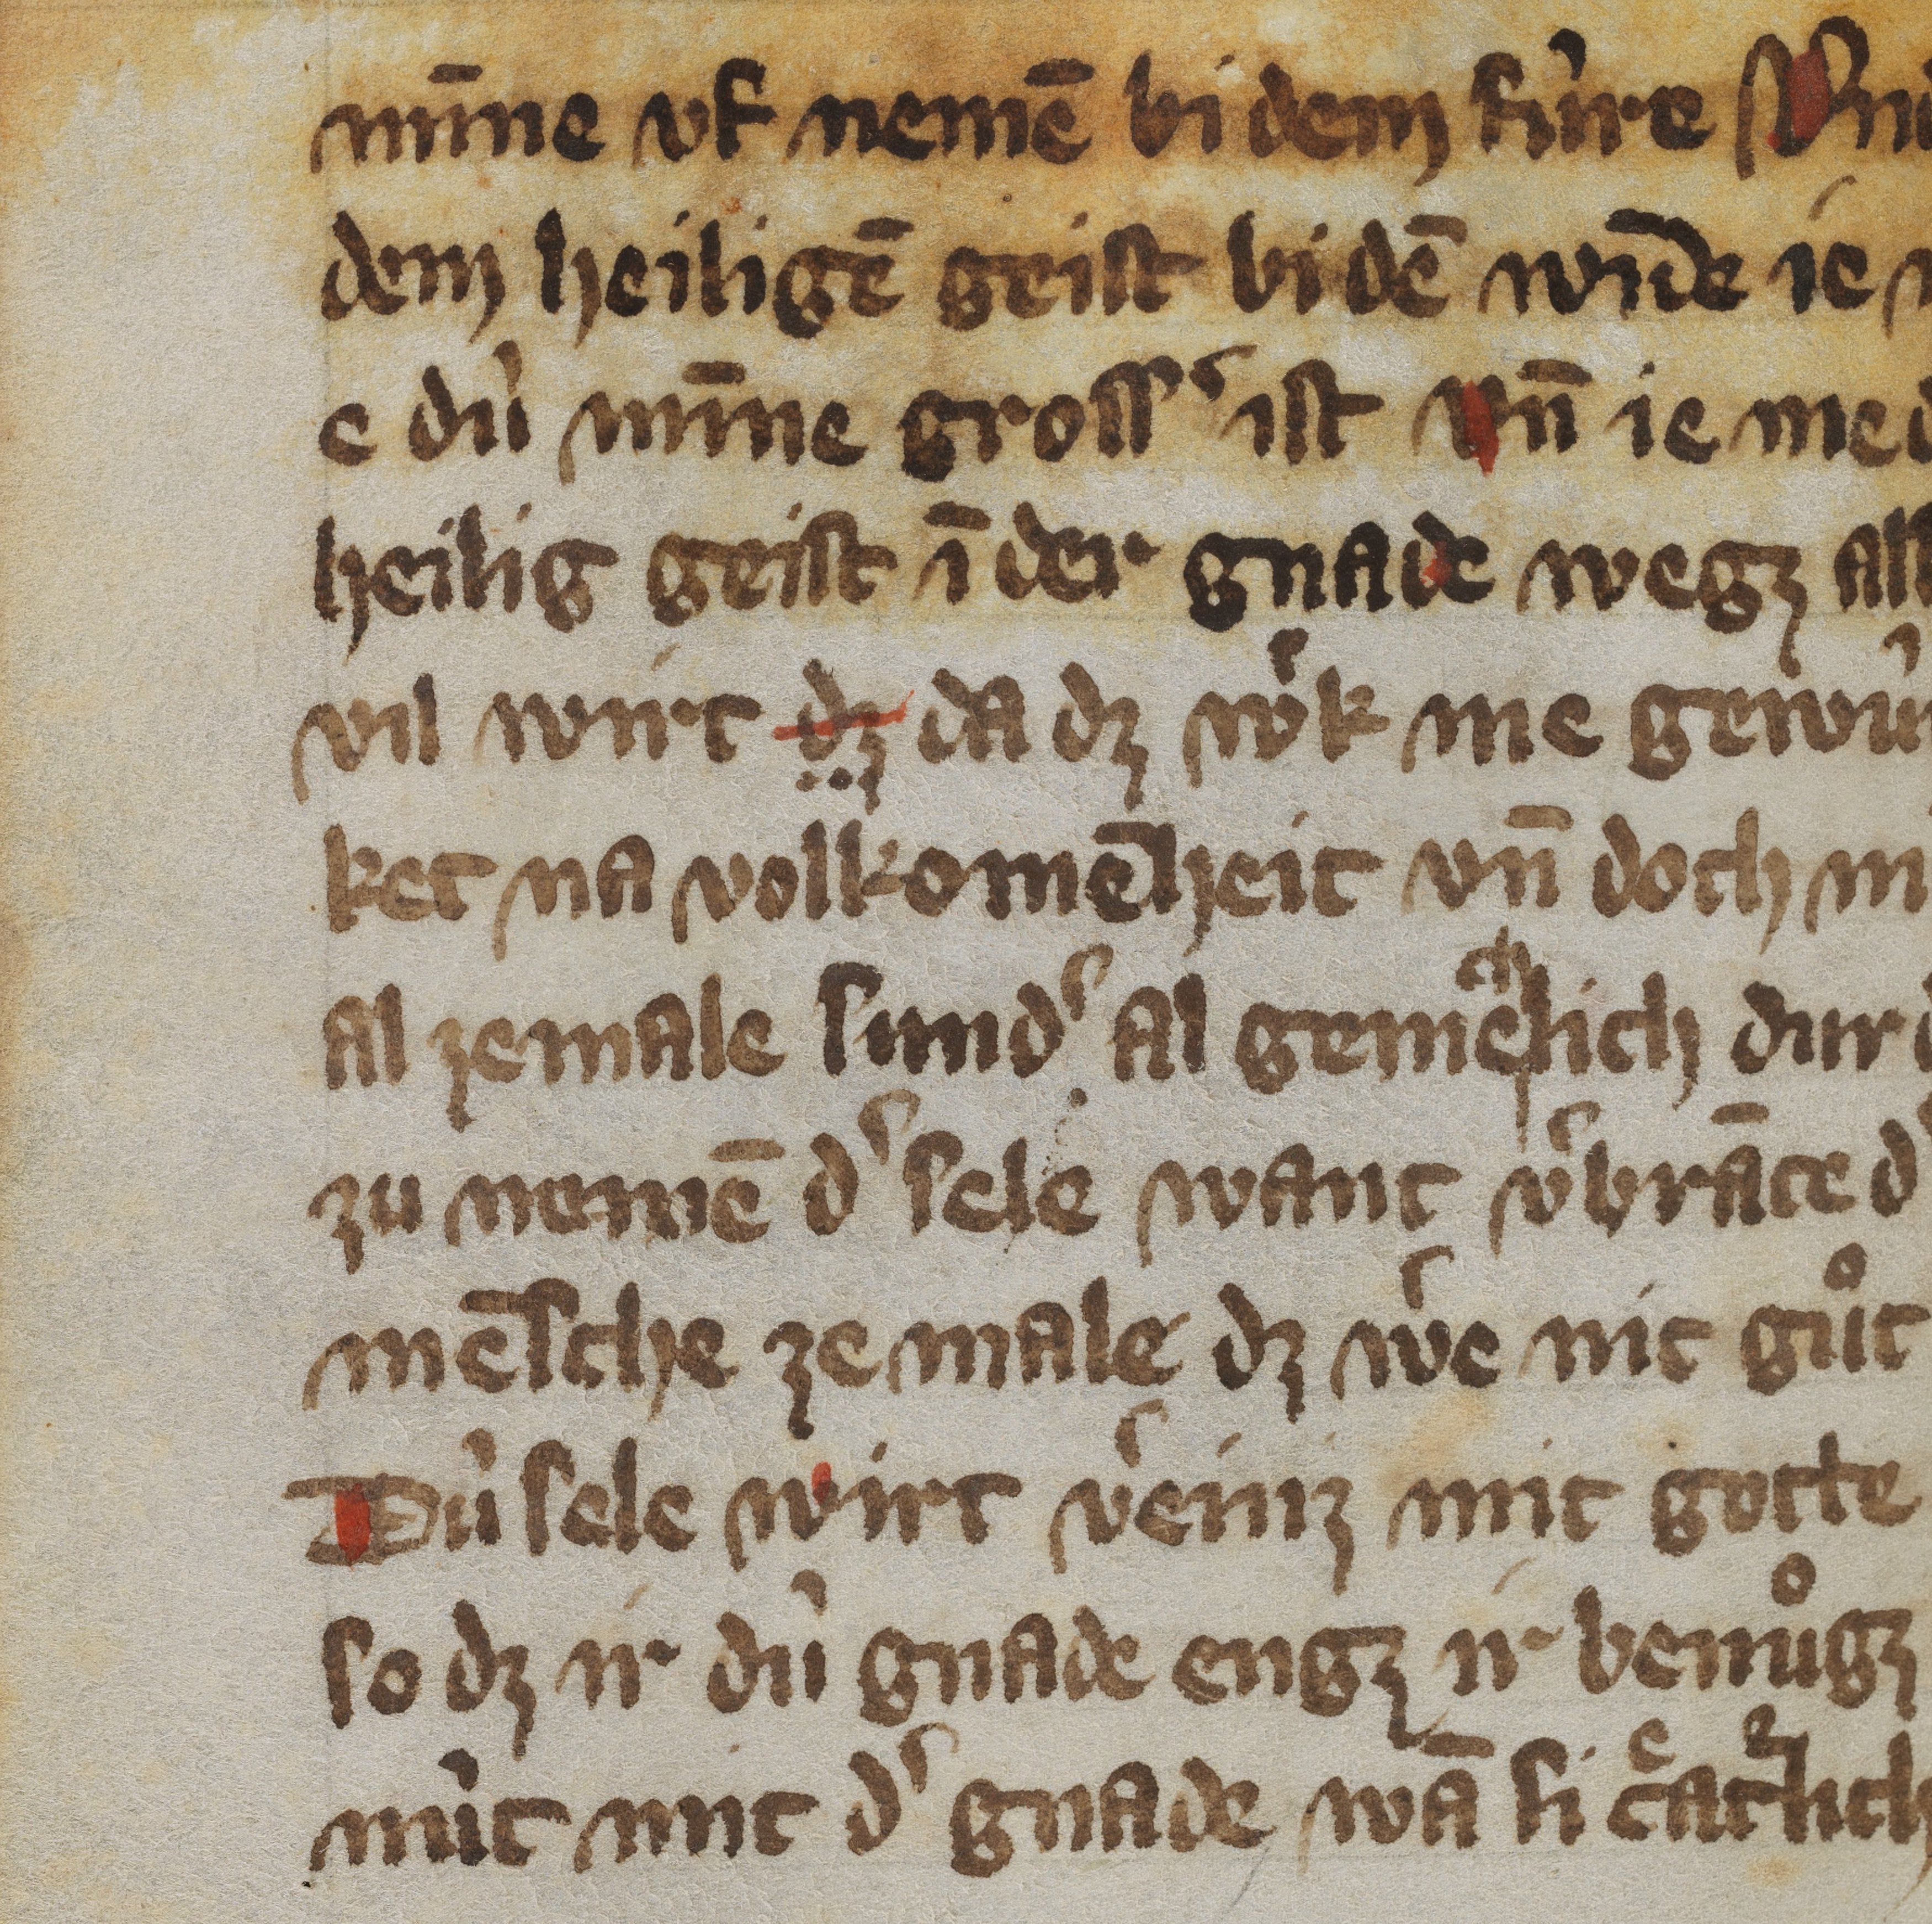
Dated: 1350–1399